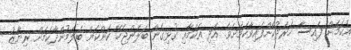
އެކަމަށް ފައިސާ ޚަރަދުކޮށްފައިވާކަމަށެވެ. އަދި އެކަމާއި ގުޅިގެން ބަލަންޖެހޭ ކަންކަން ބަލަމުންދާކަމަށް ރިޔާޒު